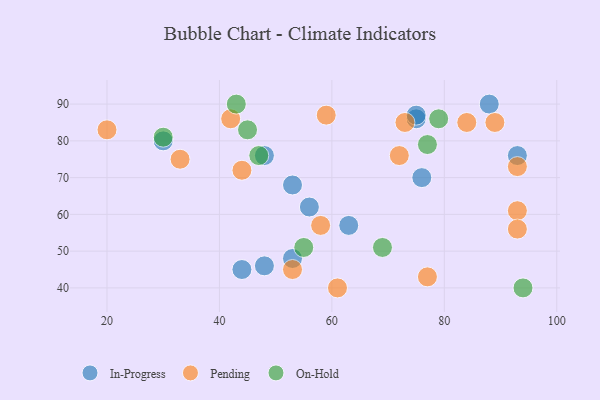
{"axis": {"x": "GDP", "y": "Life Expectancy"}, "legend": ["In-Progress", "On-Hold", "Pending"], "data": [{"x": "75", "y": 86, "type": "In-Progress"}, {"x": "93", "y": 76, "type": "In-Progress"}, {"x": "56", "y": 62, "type": "In-Progress"}, {"x": "63", "y": 57, "type": "In-Progress"}, {"x": "48", "y": 76, "type": "In-Progress"}, {"x": "48", "y": 46, "type": "In-Progress"}, {"x": "30", "y": 80, "type": "In-Progress"}, {"x": "76", "y": 70, "type": "In-Progress"}, {"x": "53", "y": 48, "type": "In-Progress"}, {"x": "75", "y": 87, "type": "In-Progress"}, {"x": "53", "y": 68, "type": "In-Progress"}, {"x": "44", "y": 45, "type": "In-Progress"}, {"x": "88", "y": 90, "type": "In-Progress"}, {"x": "59", "y": 87, "type": "Pending"}, {"x": "61", "y": 40, "type": "Pending"}, {"x": "84", "y": 85, "type": "Pending"}, {"x": "72", "y": 76, "type": "Pending"}, {"x": "73", "y": 85, "type": "Pending"}, {"x": "20", "y": 83, "type": "Pending"}, {"x": "33", "y": 75, "type": "Pending"}, {"x": "44", "y": 72, "type": "Pending"}, {"x": "77", "y": 43, "type": "Pending"}, {"x": "89", "y": 85, "type": "Pending"}, {"x": "58", "y": 57, "type": "Pending"}, {"x": "53", "y": 45, "type": "Pending"}, {"x": "42", "y": 86, "type": "Pending"}, {"x": "93", "y": 61, "type": "Pending"}, {"x": "93", "y": 73, "type": "Pending"}, {"x": "93", "y": 56, "type": "Pending"}, {"x": "79", "y": 86, "type": "On-Hold"}, {"x": "45", "y": 83, "type": "On-Hold"}, {"x": "30", "y": 81, "type": "On-Hold"}, {"x": "94", "y": 40, "type": "On-Hold"}, {"x": "43", "y": 90, "type": "On-Hold"}, {"x": "69", "y": 51, "type": "On-Hold"}, {"x": "77", "y": 79, "type": "On-Hold"}, {"x": "47", "y": 76, "type": "On-Hold"}, {"x": "55", "y": 51, "type": "On-Hold"}]}